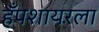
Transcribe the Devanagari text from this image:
हँपशायरला